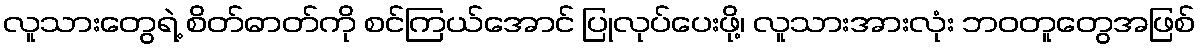
လူသားတွေရဲ့ စိတ်ဓာတ်ကို စင်ကြယ်အောင် ပြုလုပ်ပေးဖို့၊ လူသားအားလုံး ဘဝတူတွေအဖြစ်